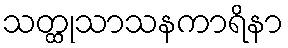
သတ္ထုသာသနကာရိနာ